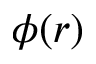
\phi ( r )